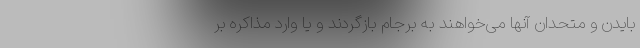
بایدن و متحدان آنها می‌خواهند به برجام بازگردند و یا وارد مذاکره بر